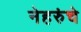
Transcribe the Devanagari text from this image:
नेहरुंचे